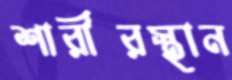
শারীরস্থান